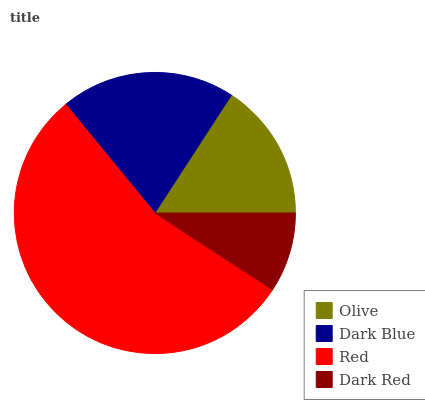
| Olive | Dark Blue | Red | Dark Red |
 | --- | --- | --- | --- |
 | 15.8% | 20.1% | 54.9% | 9.2% |